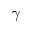
\gamma